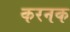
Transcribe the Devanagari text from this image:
करनक